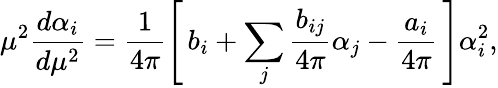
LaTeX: \mu^{2}\frac{d\alpha_{i}}{d\mu^{2}}=\frac{1}{4\pi}\left[\, b_{i}+\sum_{j}\frac{b_{ij}}{4\pi}\alpha_{j}-\frac{a_{i}}{4\pi}\, \right]\alpha_{i}^{2},